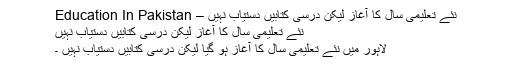
نئے تعلیمی سال کا آغاز لیکن درسی کتابیں دستیاب نہیں – Education In Pakistan
نئے تعلیمی سال کا آغاز لیکن درسی کتابیں دستیاب نہیں
لاہور میں نئے تعلیمی سال کا آغاز ہو گیا لیکن درسی کتابیں دستیاب نہیں ۔